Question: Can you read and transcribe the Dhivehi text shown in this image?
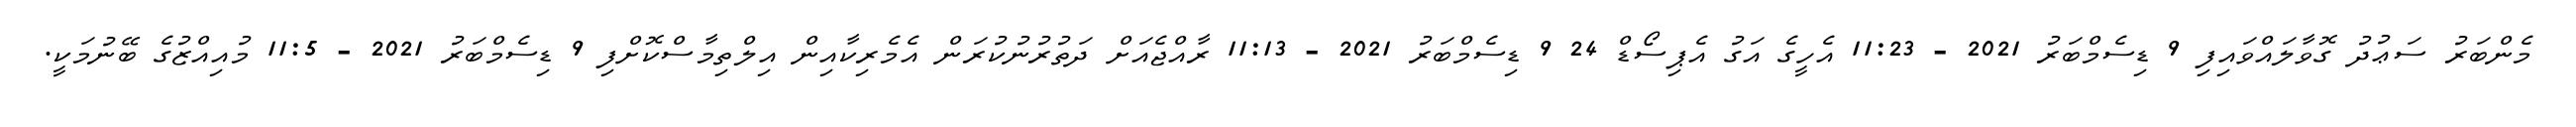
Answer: މެންބަރު ސަޢުދު ގޮވާލައްވައިފި 9 ޑިސެމްބަރު 2021 - 11:23 އެހީގެ އަގު އެޕިސޯޑް 24 9 ޑިސެމްބަރު 2021 - 11:13 ރާއްޖެއަށް ދަތުރުނުކުރަން އެމެރިކާއިން އިލްތިމާސްކޮށްފި 9 ޑިސެމްބަރު 2021 - 11:5 މުއިއްޒުގެ ބޭނުމަކީ.